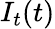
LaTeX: I_{t}(t)